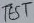
Text: TEST